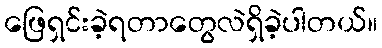
ဖြေရှင်းခဲ့ရတာတွေလဲရှိခဲ့ပါတယ်။